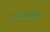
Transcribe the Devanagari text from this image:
कमरासाथियों